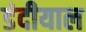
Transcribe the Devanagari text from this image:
डंदीयाल